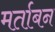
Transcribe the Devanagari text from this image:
मर्ताबन